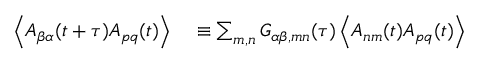
\begin{array} { r l } { \left\langle A _ { \beta \alpha } ( t + \tau ) A _ { p q } ( t ) \right\rangle } & { { } \equiv \sum _ { m , n } G _ { \alpha \beta , m n } ( \tau ) \left\langle A _ { n m } ( t ) A _ { p q } ( t ) \right\rangle } \end{array}